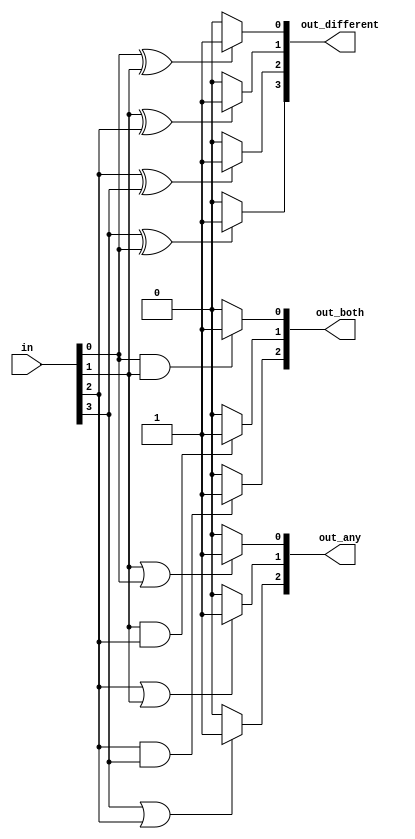
module top_module(
    input [3:0] in,
    output reg [2:0] out_both,
    output reg [3:1] out_any,
    output reg [3:0] out_different
);

    integer i, j, k;
    always@(*)
    begin
        out_both = 3'b0;
        out_any = 3'b0;
        out_different = 4'b0;

        for(i=0; i<=2; i=i+1)
        begin
            out_both[i] = (in[i] && in[i+1]) ? 1 : 0;
        end

        for(j=3; j>=1; j=j-1)
        begin
            out_any[j] = (in[j] || in[j-1]) ? 1 : 0;
        end

        for(k=0; k<=2; k=k+1)
        begin
            out_different[k] = (in[k] ^ in[k+1]) ? 1 : 0;
        end

        if(in[3] ^ in[0])
            out_different[3] = 1;
    end



endmodule